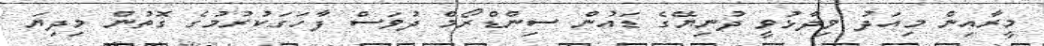
މީރާއިން މިއަދު ވިދާޅުވީ ދުނިޔޭގެ ޑައުން ސިންޑްރޯމް ދުވަސް ފާހަގަކުރުމުގެ ގޮތުން މިދިޔަ